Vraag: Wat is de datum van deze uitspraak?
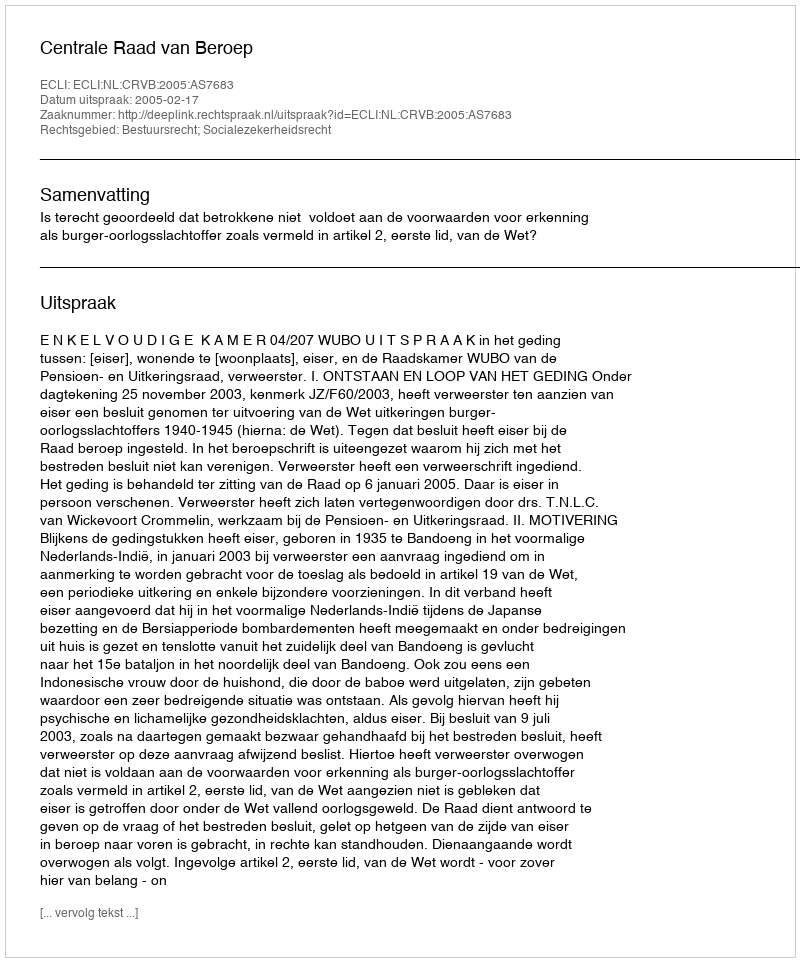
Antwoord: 2005-02-17